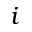
i